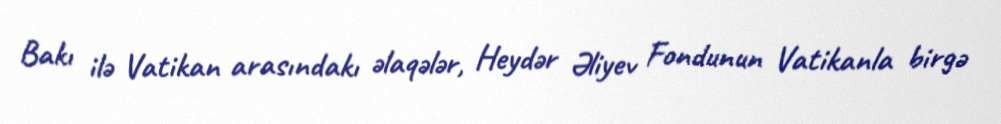
Bakı ilə Vatikan arasındakı əlaqələr, Heydər Əliyev Fondunun Vatikanla birgə